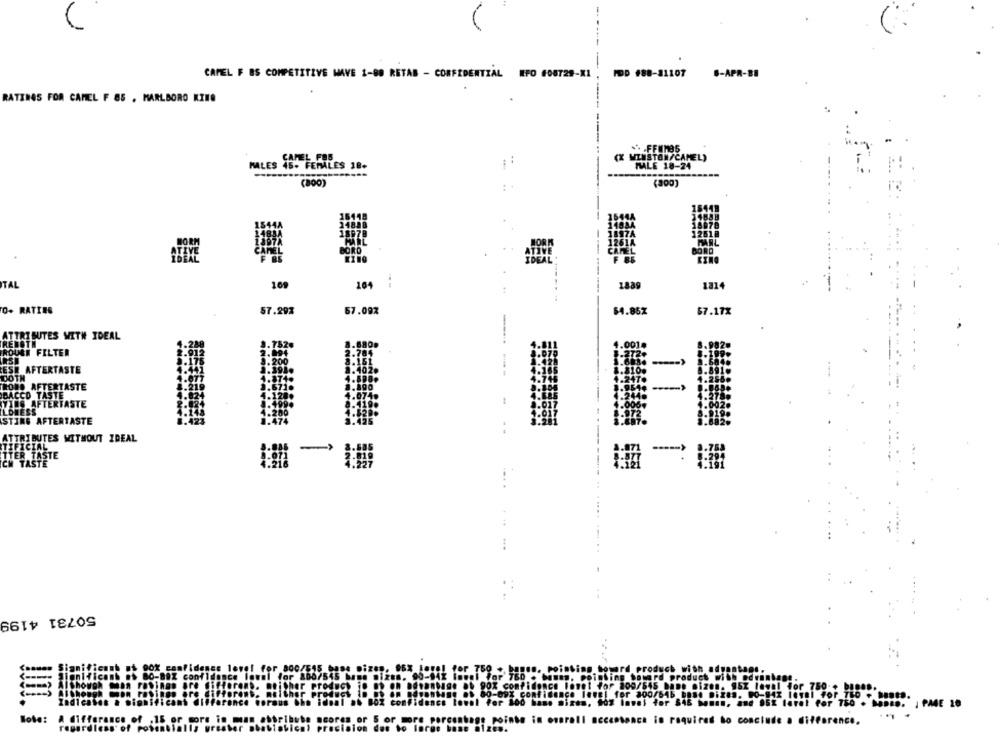
-
POD #88-81107
.- APR-BE
CAMEL F BS COMPETITIVE MAVE 1-00 RETAS - CONFIDENTIAL IFO #06729-XI
RATINGS FOR CAMEL F 85 . MARLBORO KINO
(X WINSTON/CAMEL)
MALES 46. F
45. FEMALES 18+
TALE 18-24
(800)
(300)
BORD
ITAL
104
1889
0+ RATING
57.297
67.097
$4.85Z
$7.17%
ATTRIBUTES WITH IDEAL
HEMOTH
4.001.
ROUGH FILTER
ESE AFTERTASTE
DOTH
ROND AFTERTASTE
BACCO TASTE
VIES AFTERTASTE
LOWESS
STING AFTERTASTE
ATTRIBUTES WITHOUT IDEAL
TIFICIAL
TTER TASTE
-
CM TASTE
...
50731 4199
Note:
!l. 1
in overall acceptance is required to conclude a difference.